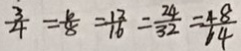
\frac { 3 } { 4 } = \frac { 6 } { 8 } = \frac { 1 2 } { 1 6 } = \frac { 2 4 } { 3 2 } = \frac { 4 8 } { 6 4 }